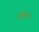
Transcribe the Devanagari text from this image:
समुपदिश